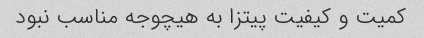
کمیت و کیفیت پیتزا به هیچوجه مناسب نبود